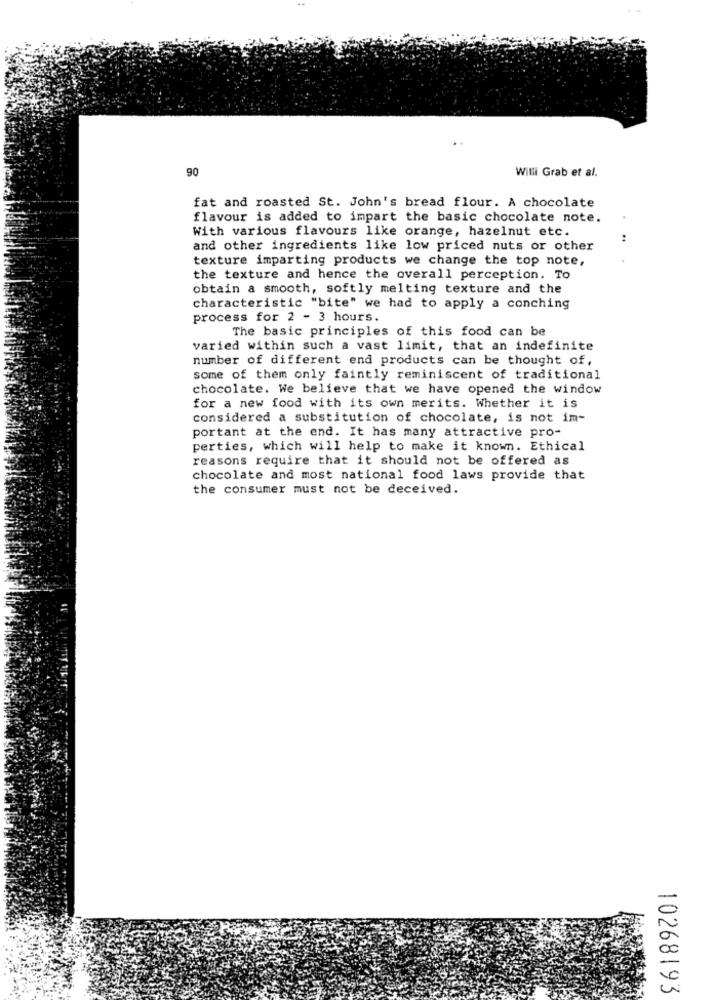
90
Willi Grab et al.
fat and roasted St. John's bread flour. A chocolate
flavour is added to impart the basic chocolate note.
With various flavours like orange, hazelnut etc.
and other ingredients like low priced nuts or other
texture imparting products we change the top note,
the texture and hence the overall perception. To
obtain a smooth, softly melting texture and the
characteristic "bite" we had to apply a conching
process for 2 - 3 hours.
The basic principles of this food can be
varied within such a vast limit, that an indefinite
number of different end products can be thought of,
some of them only faintly reminiscent of traditional
chocolate. We believe that we have opened the window
for a new food with its own merits. Whether it is
considered a substitution of chocolate, is not im-
portant at the end. It has many attractive pro-
perties, which will help to make it known. Ethical
reasons require that it should not be offered as
chocolate and most national food laws provide that
the consumer must not be deceived.
-
A
10268193